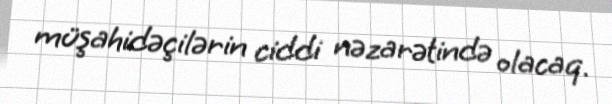
müşahidəçilərin ciddi nəzarətində olacaq.